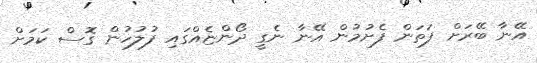
އޭނާ ބޭރަށް ފަތަން ފެށުމުން އޭނާ ނެގީ ދޯންޏެއްގައި ފުލުހުން ގޮސް ކަމަށް